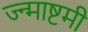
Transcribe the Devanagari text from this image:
ज्न्माष्टमी